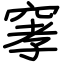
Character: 窙